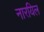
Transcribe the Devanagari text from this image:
नारयिल